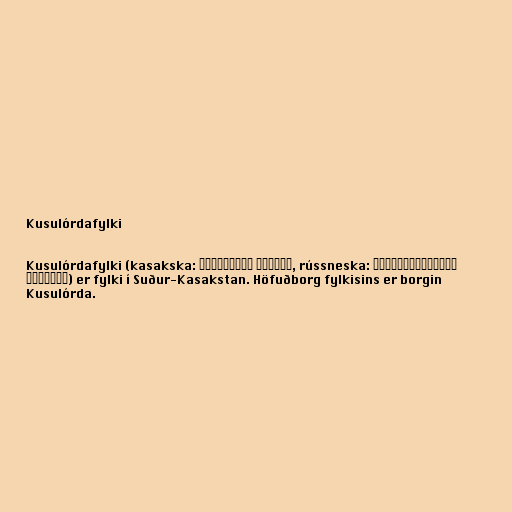
Kusulórdafylki

Kusulórdafylki (kasakska: Қызылорда облысы, rússneska: Кызылординская
область) er fylki í Suður-Kasakstan. Höfuðborg fylkisins er borgin
Kusulórda.